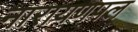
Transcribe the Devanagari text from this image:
नारायणपल